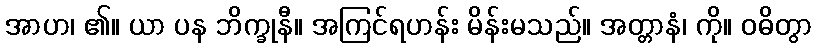
အာဟ၊ ၏။ ယာ ပန ဘိက္ခုနီ။ အကြင်ရဟန်း မိန်းမသည်။ အတ္တာနံ၊ ကို။ ဝဓိတွာ